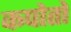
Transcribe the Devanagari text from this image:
कपोतों